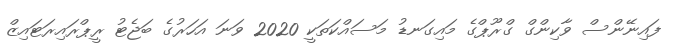
ފައިނޭންސް ވާކިންގް ގްރޫޕްގެ މައިގަނޑު މަސައްކަތަކީ 2020 ވަނަ އަހަރުގެ ބަޖެޓު ރީޕްރައިރަޓައިޒް